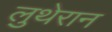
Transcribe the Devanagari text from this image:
लुथेरान